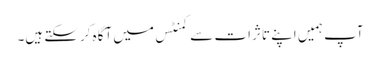
آپ ہمیں اپنے تاثرات سے کمنٹس میں آگاہ کرسکتے ہیں۔